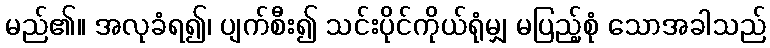
မည်၏။ အလုခံရ၍၊ ပျက်စီး၍ သင်းပိုင်ကိုယ်ရုံမျှ မပြည့်စုံ သောအခါသည်